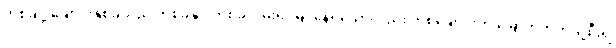
တစ်ချို့ ချောင်းနှစ်ခုသည် တစ်ခုနှင့် တစ်ခုလှမ်း၍ မြင်နေရသော်လည်း တစ်ချောင်းက မြောက်ဘက်သို့စီး၍